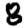
Digit: 8